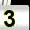
Digit: 3